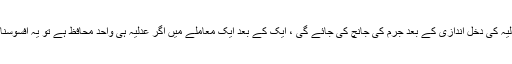
بنچ نے کہا ، اگر عدلیہ کی دخل اندازی کے بعد جرم کی جانچ کی جائے گی ، ایک کے بعد ایک معاملے میں اگر عدلیہ ہی واحد محافظ ہے تو یہ افسوسناک صورت حال ہے۔